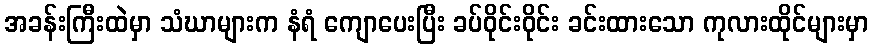
အခန်းကြီးထဲမှာ သံဃာများက နံရံ ကျောပေးပြီး ခပ်ဝိုင်းဝိုင်း ခင်းထားသော ကုလားထိုင်များမှာ